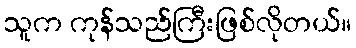
သူက ကုန်သည်ကြီးဖြစ်လိုတယ်။